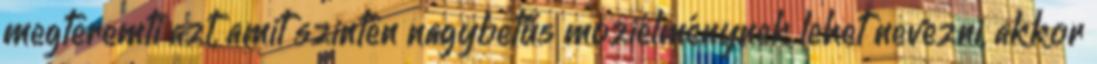
megteremti azt, amit szintén nagybetűs moziélménynek lehet nevezni, akkor